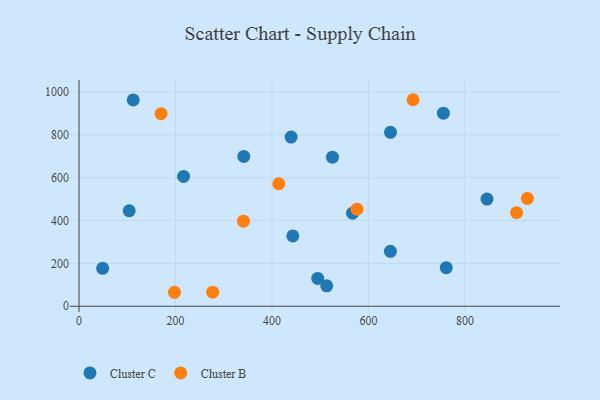
{"axis": {"x": "Distance", "y": "Rating"}, "legend": ["Cluster B", "Cluster C"], "data": [{"x": "645.7", "y": 811.7, "type": "Cluster C"}, {"x": "48.9", "y": 176.9, "type": "Cluster C"}, {"x": "443.2", "y": 328.2, "type": "Cluster C"}, {"x": "216.7", "y": 605.8, "type": "Cluster C"}, {"x": "513.5", "y": 95.1, "type": "Cluster C"}, {"x": "645.5", "y": 256.5, "type": "Cluster C"}, {"x": "112.3", "y": 962.7, "type": "Cluster C"}, {"x": "525.4", "y": 695.5, "type": "Cluster C"}, {"x": "567.1", "y": 434.4, "type": "Cluster C"}, {"x": "845.8", "y": 500.1, "type": "Cluster C"}, {"x": "494.8", "y": 129.7, "type": "Cluster C"}, {"x": "761.3", "y": 180.0, "type": "Cluster C"}, {"x": "755.4", "y": 900.9, "type": "Cluster C"}, {"x": "439.7", "y": 789.4, "type": "Cluster C"}, {"x": "341.6", "y": 699.4, "type": "Cluster C"}, {"x": "104.0", "y": 445.7, "type": "Cluster C"}, {"x": "170.0", "y": 898.8, "type": "Cluster B"}, {"x": "277.1", "y": 65.8, "type": "Cluster B"}, {"x": "692.5", "y": 963.8, "type": "Cluster B"}, {"x": "929.5", "y": 503.1, "type": "Cluster B"}, {"x": "576.2", "y": 452.8, "type": "Cluster B"}, {"x": "341.0", "y": 396.9, "type": "Cluster B"}, {"x": "414.1", "y": 571.7, "type": "Cluster B"}, {"x": "197.9", "y": 65.2, "type": "Cluster B"}, {"x": "907.0", "y": 436.6, "type": "Cluster B"}]}